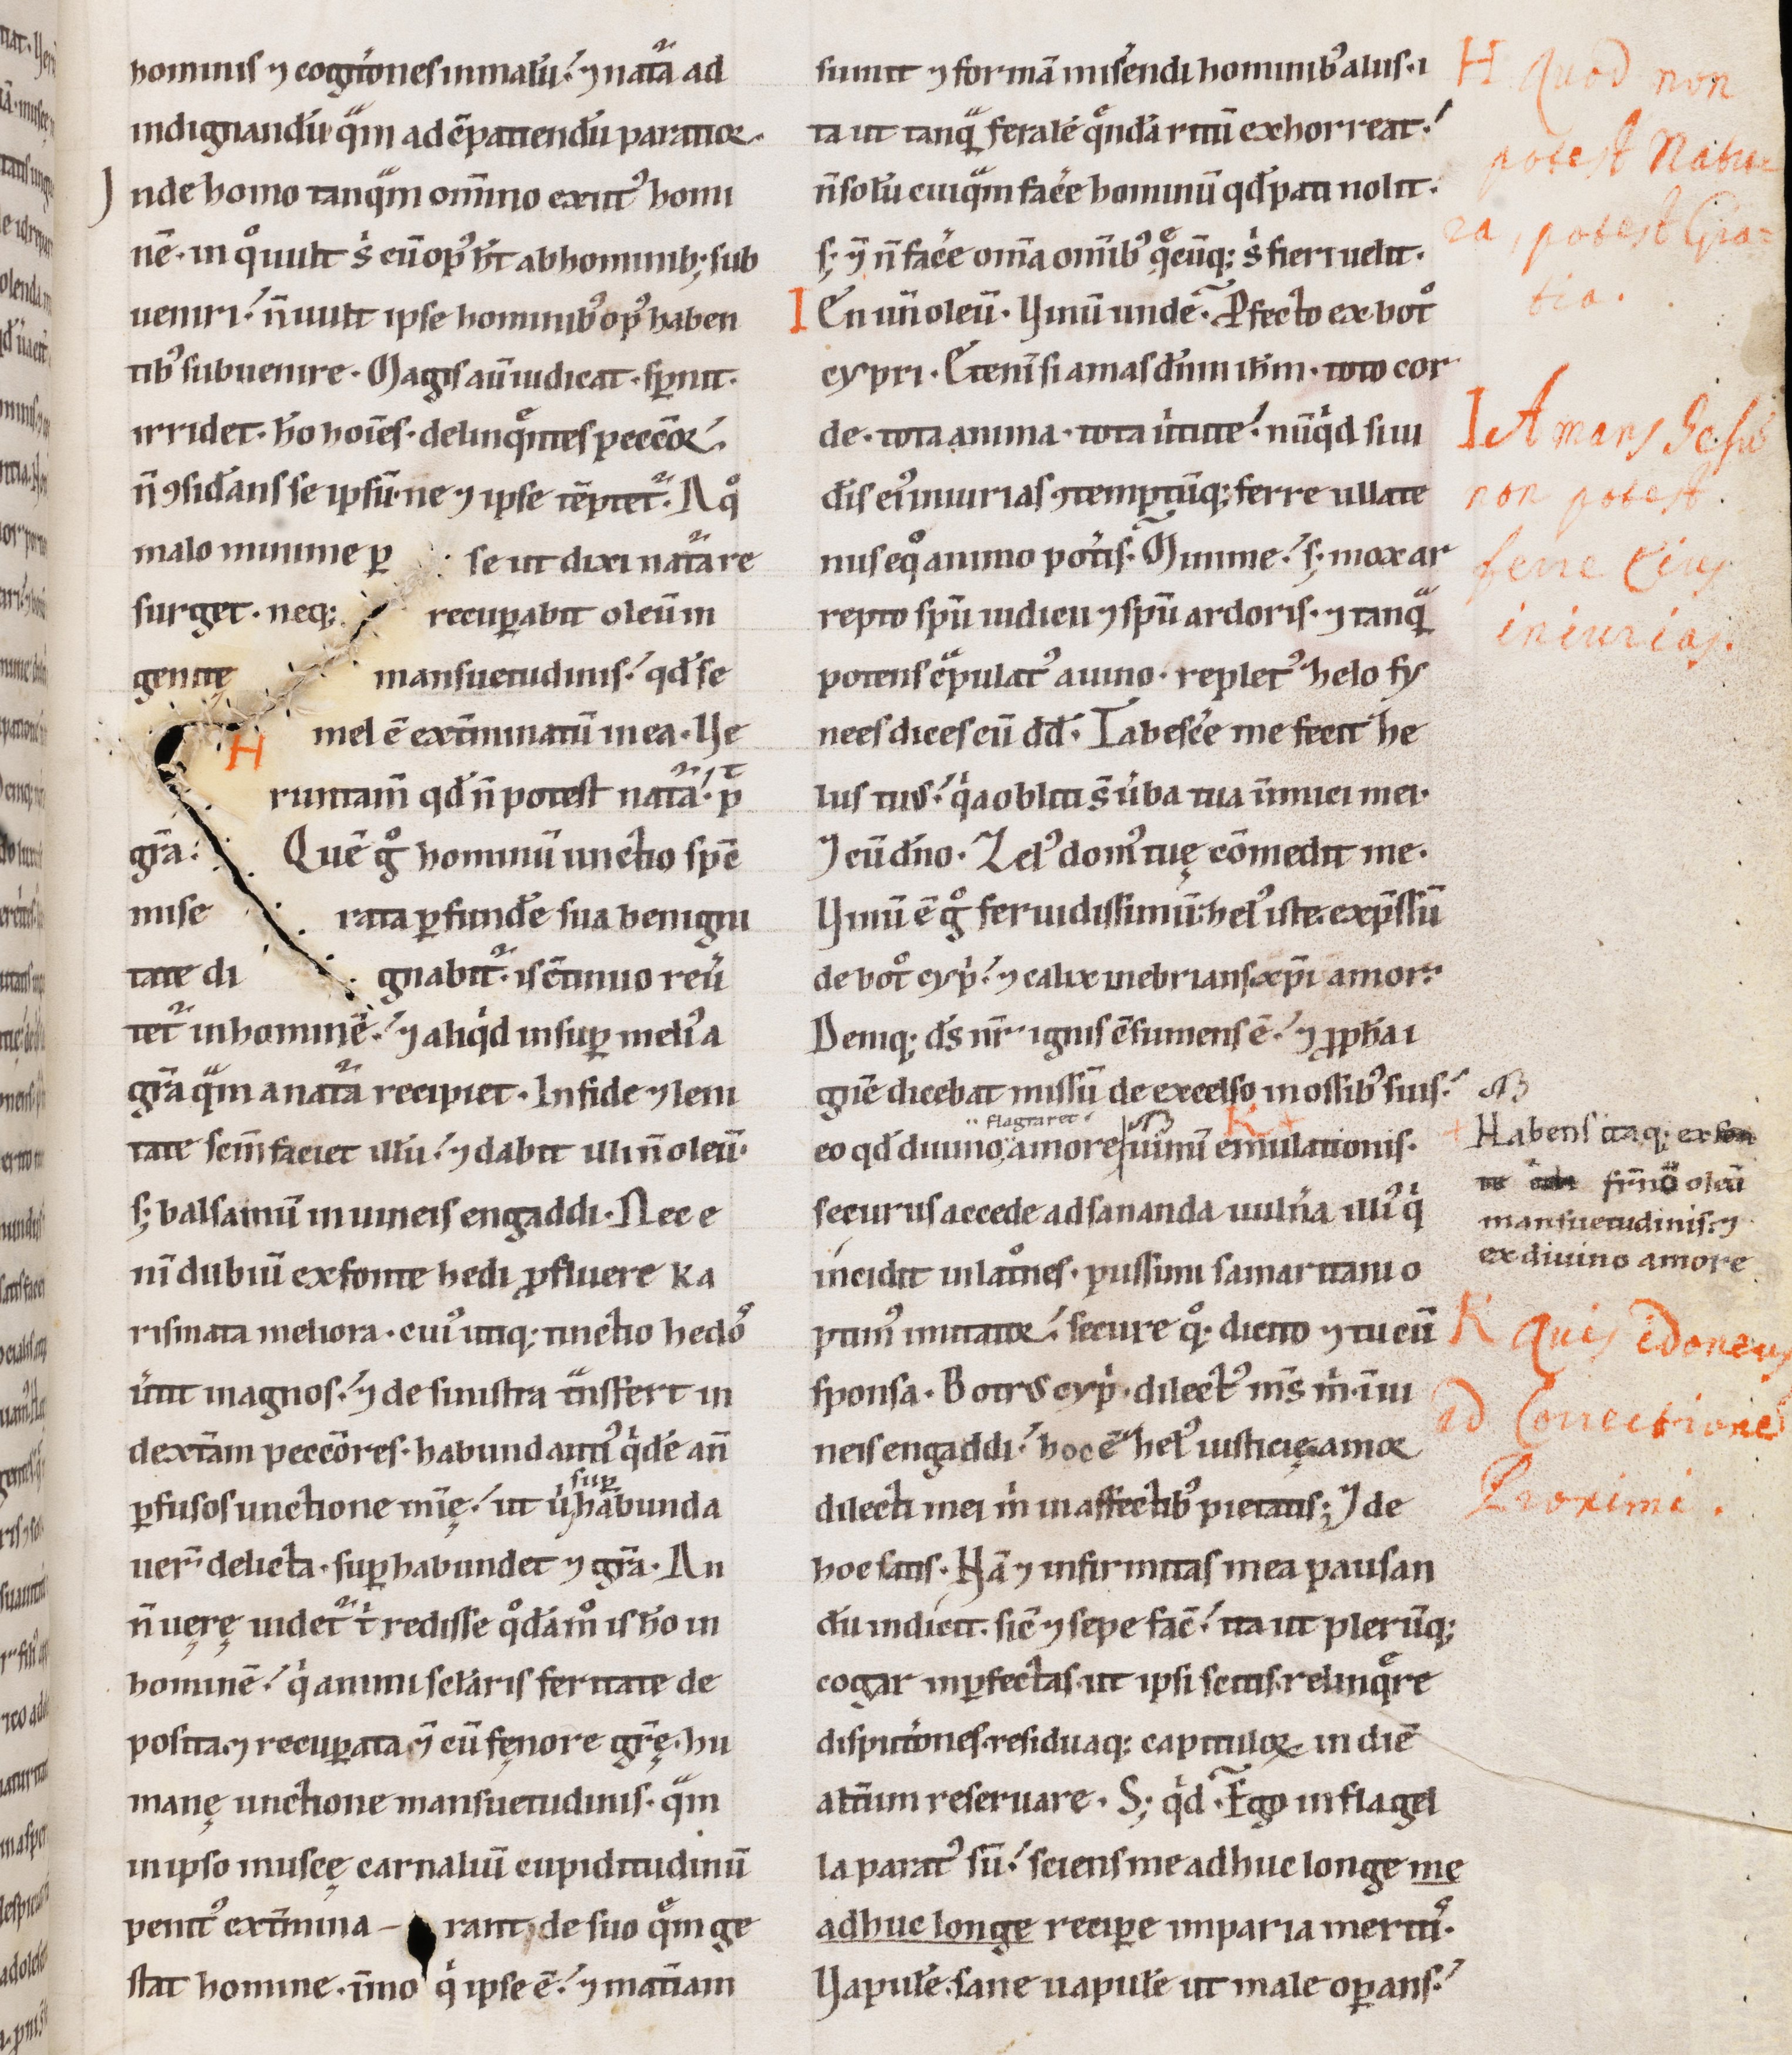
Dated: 1100–1199